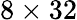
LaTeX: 8\times 32